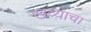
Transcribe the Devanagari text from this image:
खव्याचा